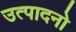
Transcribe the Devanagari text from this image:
उत्पादनो